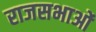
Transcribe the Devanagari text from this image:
राजसभाओं